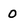
Character: o